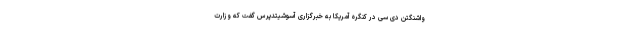
واشنگتن دی سی در کنگره آمریکا به خبرگزاری آسوشیتدپرس گفت که وزارت